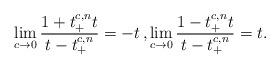
LaTeX: \begin{align*} \lim_{c\to 0}\frac{1+t_{+}^{c, n}t}{t-t_{+}^{c, n}}=-t\,, \lim_{c\to 0}\frac{1-t_{+}^{c, n}t}{t-t_{+}^{c, n}}=t.\end{align*}